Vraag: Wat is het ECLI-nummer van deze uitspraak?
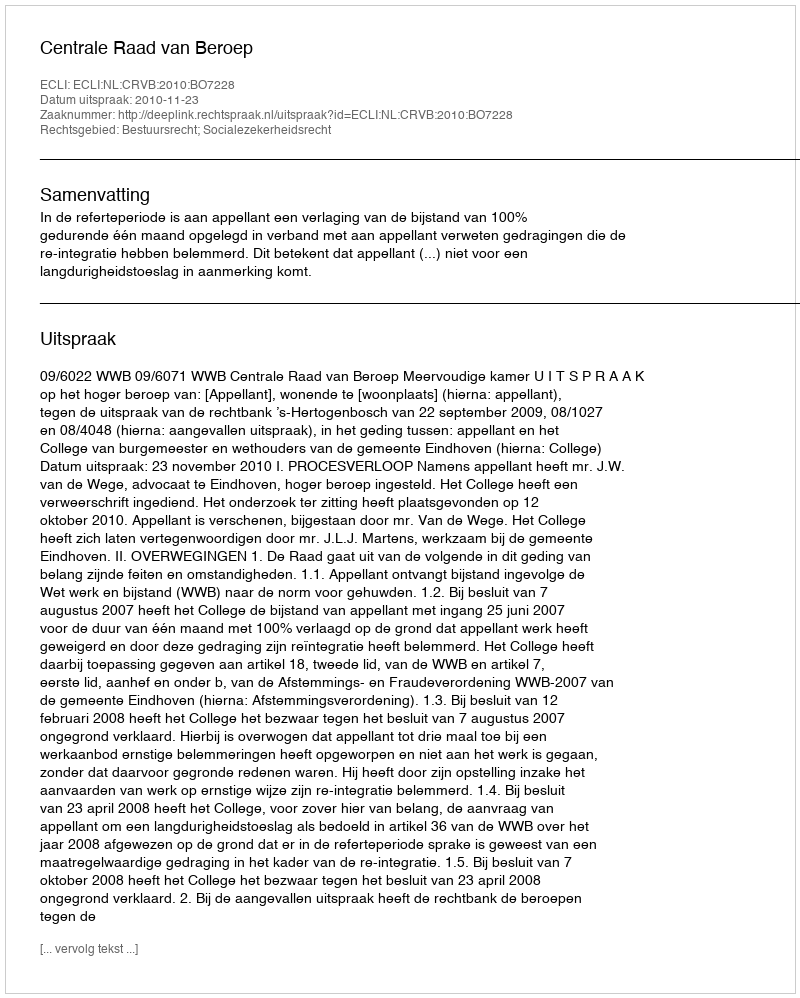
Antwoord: ECLI:NL:CRVB:2010:BO7228